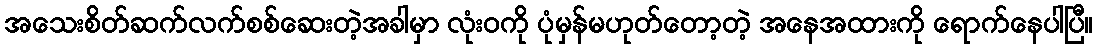
အသေးစိတ်ဆက်လက်စစ်ဆေးတဲ့အခါမှာ လုံးဝကို ပုံမှန်မဟုတ်တော့တဲ့ အနေအထားကို ရောက်နေပါပြီ။